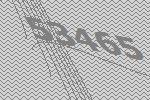
53465